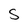
Character: 5